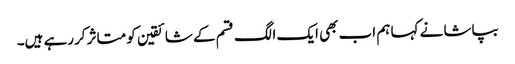
بپاشا نے کہا ہم اب بھی ایک الگ قسم کے شائقین کو متاثر کررہے ہیں۔